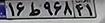
۱۶ط۹۶۸۴۱